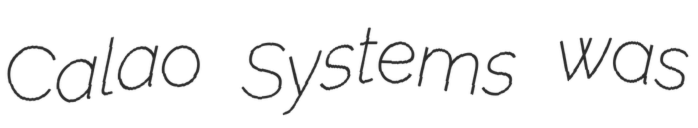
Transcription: Calao Systems was